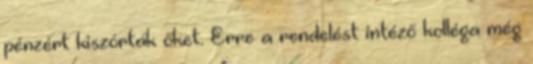
pénzért kiszórták őket. Erre a rendelést intéző kolléga még